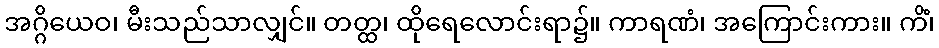
အဂ္ဂိယေဝ၊ မီးသည်သာလျှင်။ တတ္ထ၊ ထိုရေလောင်းရာ၌။ ကာရဏံ၊ အကြောင်းကား။ ကိံ၊